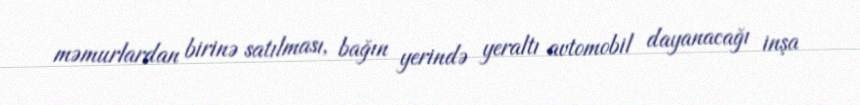
məmurlardan birinə satılması, bağın yerində yeraltı avtomobil dayanacağı inşa